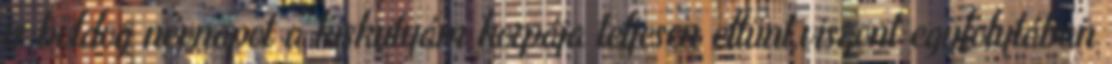
is boldog névnapot a kiskutyám korpája teljesen eltünt,viszont egyfolytában